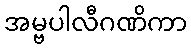
အမ္ဗပါလီဂဏိကာ